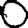
Digit: 0